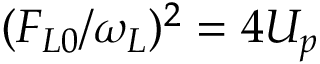
( F _ { L 0 } / \omega _ { L } ) ^ { 2 } = 4 U _ { p }